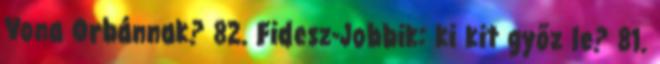
Vona Orbánnak? 82. Fidesz-Jobbik: ki kit győz le? 81.